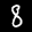
Label: 8